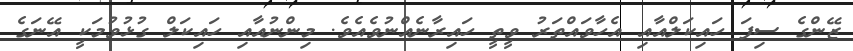
ޒޭންގެ ސިފަ ހައިކަލްއާއި އެހާވައްތަރު ވީތީ ހައިރާނެއްނުވެއެވެ. މިންނުއާއި ހައިކަލް ގުޅުވުމަކީ އޭނަގެ